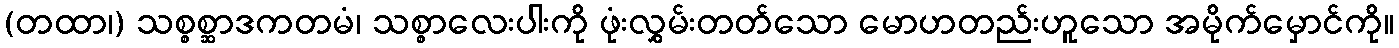
(တထာ၊) သစ္စစ္ဆာဒကတမံ၊ သစ္စာလေးပါးကို ဖုံးလွှမ်းတတ်သော မောဟတည်းဟူသော အမိုက်မှောင်ကို။